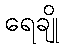
ရေချို